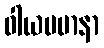
ဝါယမမာနာ